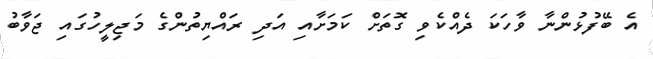
އެ ބޭފުޅުންނާ ވާހަކަ ދެއްކެވި ގޮތަށް ކަމަށާއި އަދި ރައްޔިތުންގެ މަޖިލީހުގައި ޖަވާބު